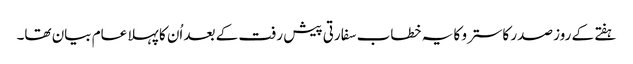
ہفتے کے روز صدر کاسترو کا یہ خطاب سفارتی پیش رفت کے بعد اُن کا پہلا عام بیان تھا۔